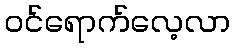
ဝင်ရောက်လေ့လာ